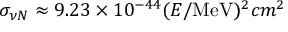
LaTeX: \sigma _ { \nu N } \approx 9 . 2 3 \times 1 0 ^ { - 4 4 } ( E / \mathrm { M e V } ) ^ { 2 } c m ^ { 2 }